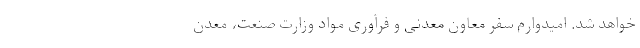
خواهد شد. امیدوارم سفر معاون معدنی و فرآوری مواد وزارت صنعت، معدن